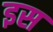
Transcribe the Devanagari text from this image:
इस